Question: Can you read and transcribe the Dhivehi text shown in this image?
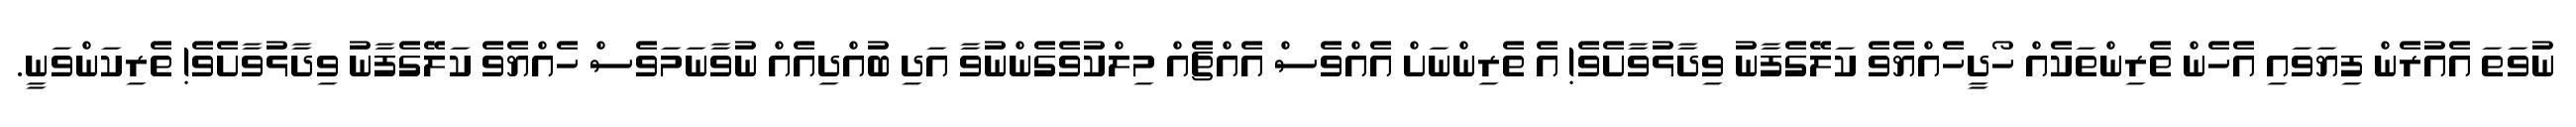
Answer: ނުވަތަ އެއުރެން ފިޔަވައި އެހެން ތެރިންތަކެއް ހޯދީހެއްޔެވެ ކަލޭގެފާނު ވިދާޅުވާށެވެ! އެ ތެރިންނަށް އެއްވެސް އެއްޗެއް މިލްކުވެގެންނުވާ އަދި ބުއްދިއެއް ނުވާނަމަވެސް ހެއްޔެވެ ކަލޭގެފާނު ވިދާޅުވާށެވެ! ތެރިކަންވަނީ.